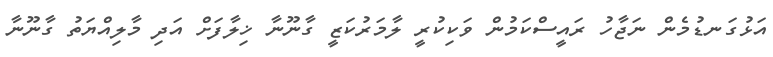
އަޅުގަނޑުމެން ނަޖާހު ރައީސްކަމުން ވަކިކުރީ ލާމަރުކަޒީ ގާނޫނާ ޚިލާފަށް އަދި މާލިއްޔަތު ގާނޫނާ